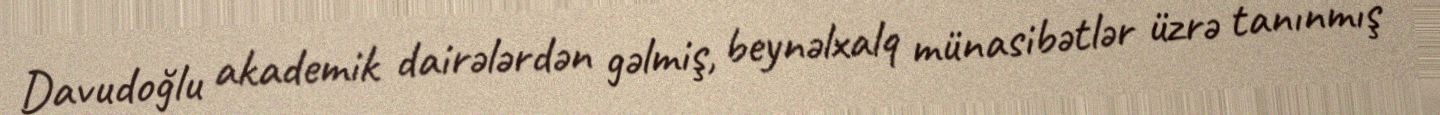
Davudoğlu akademik dairələrdən gəlmiş, beynəlxalq münasibətlər üzrə tanınmış